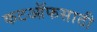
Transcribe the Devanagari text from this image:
कटऑफसाठी